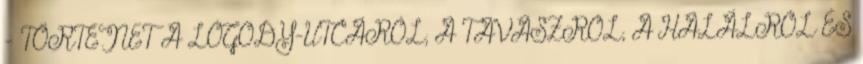
- TÖRTÉNET A LÓGODY-UTCÁRÓL, A TAVASZRÓL, A HALÁLRÓL ÉS